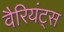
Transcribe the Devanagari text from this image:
वैरियंट्स